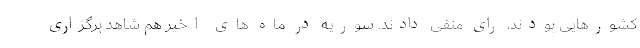
کشورهایی بودند، رای منفی دادند. سوریه در ماه های اخیر هم شاهد برگزاری